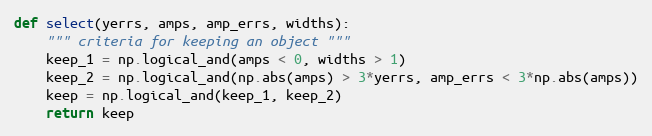
Language: Python
def select(yerrs, amps, amp_errs, widths):
    """ criteria for keeping an object """
    keep_1 = np.logical_and(amps < 0, widths > 1)
    keep_2 = np.logical_and(np.abs(amps) > 3*yerrs, amp_errs < 3*np.abs(amps))
    keep = np.logical_and(keep_1, keep_2)
    return keep